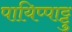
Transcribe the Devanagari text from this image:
पायिप्पाट्टु